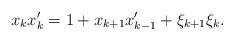
LaTeX: \begin{align*}x_kx'_k=1+x_{k+1}x'_{k-1}+\xi_{k+1}\xi_k.\end{align*}